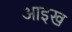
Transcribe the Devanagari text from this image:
आइख